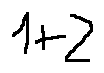
1 + 2